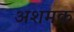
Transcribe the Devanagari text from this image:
अशमक